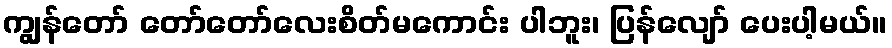
ကျွန်တော် တော်တော်လေးစိတ်မကောင်း ပါဘူး၊ ပြန်လျော် ပေးပါ့မယ်။